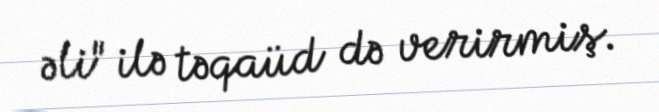
əli" ilə təqaüd də verirmiş.